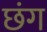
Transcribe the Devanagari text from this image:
छंग